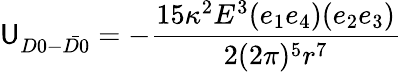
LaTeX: \mathsf{U}_{D0-\bar{{D0}}}=-\frac{{15\kappa^{2}E^{3}(e_{1}e_{4})(e_{2}e_{3})}}{{2(2\pi)^{5}r^{7}}}